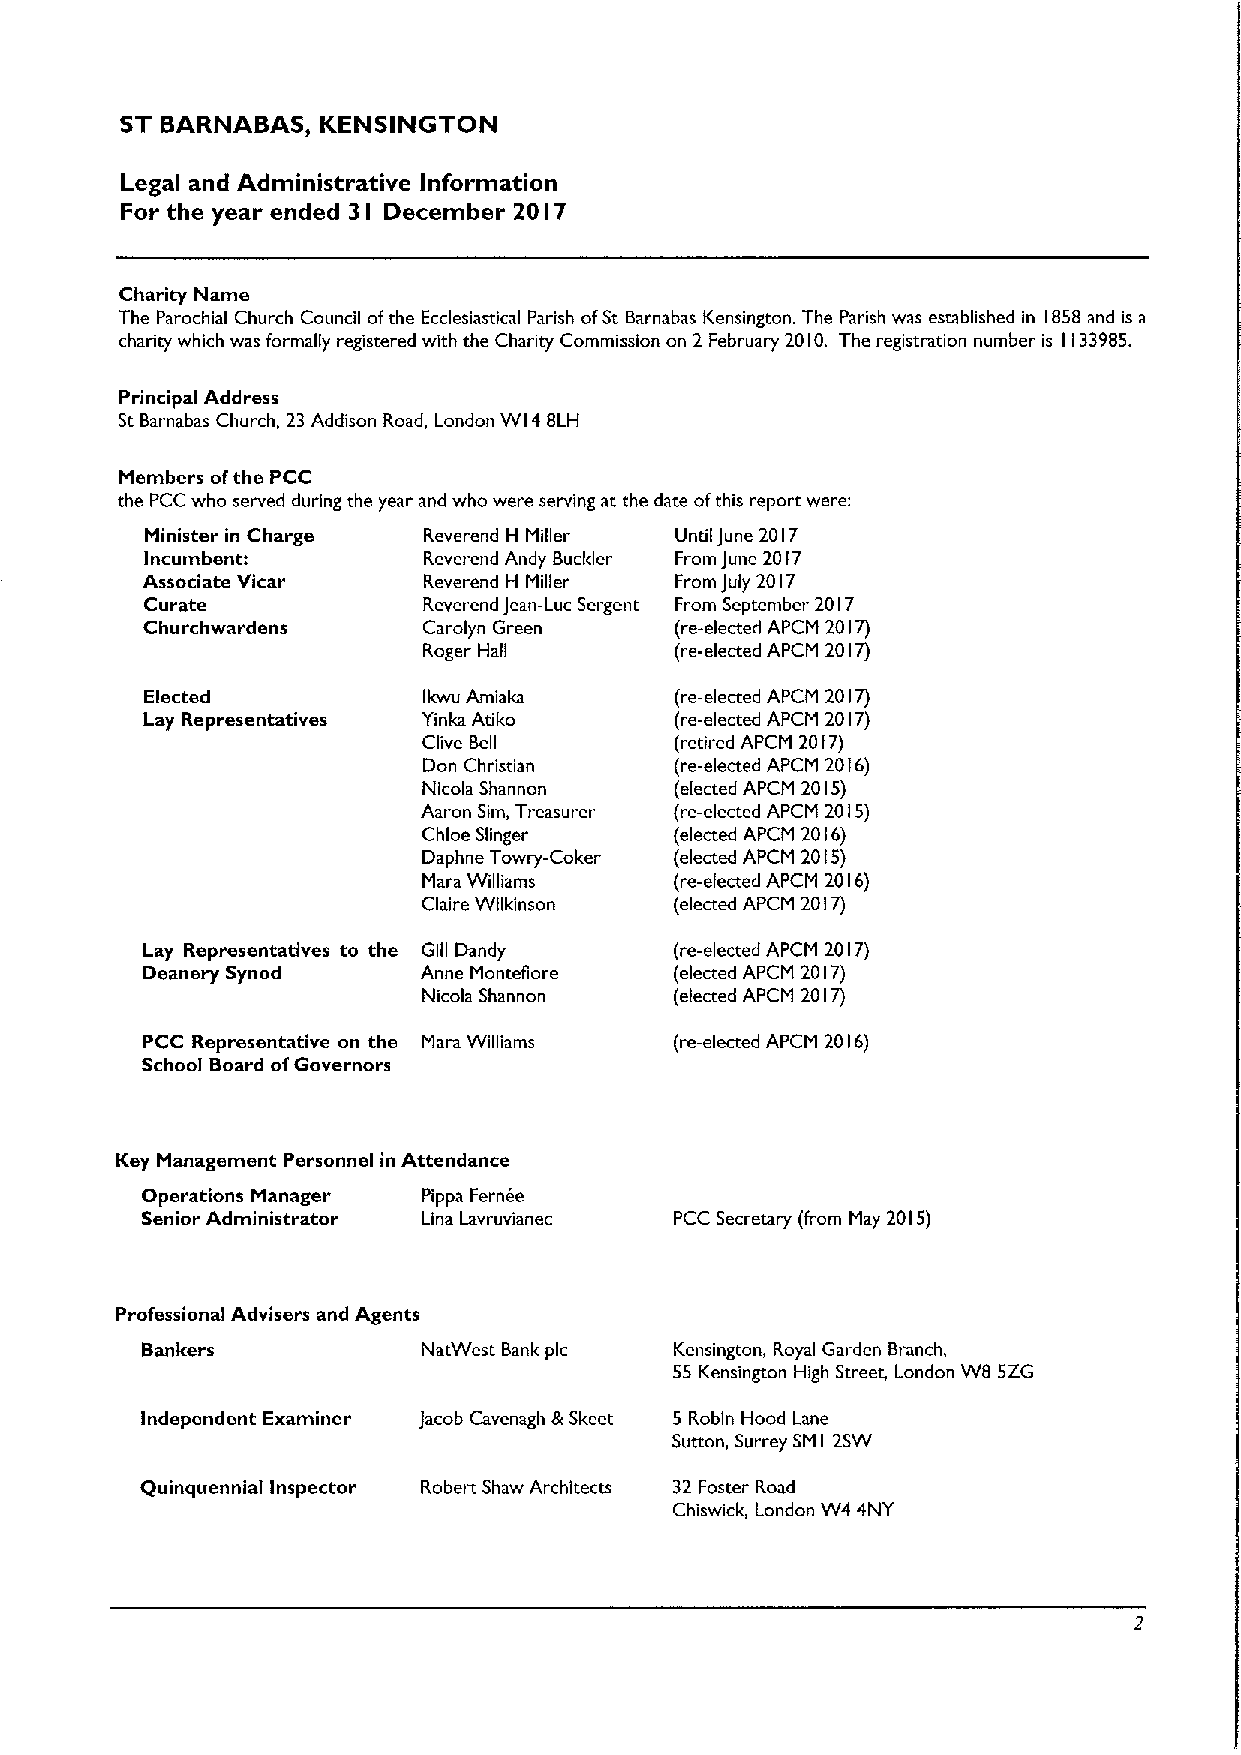
ST BARNABAS, KENSINGTON
 Legal and Administrative Information
 For the year ended 3 December 20 7
 I           I
 Charity Name
 The Parochial Church Council ofthe Ecclesiastical Parish ofSt Barnabas Kensington. The Parish was established in 1858and is a
 charity which was formally registered with the Charity Commission on 2 February 2010. The registration number is 1133985.
 Principal Address
 St Barnabas Church, 23Addison Road, London WI4 BLH
 Members o(the PCC
 the PCC who served during the year and who were serving at the date ofthis report were:
 Minister in Charge Reverend H Miller Until)une 2017
 Incumbent:        Reverend Andy Buckler From June 2017
 Associate Vicar    Reverend H Miller From July 2017
 Curate            Reverend Jean-Luc Sergent From September 2017
 Churchwardens      Carolyn Green    (re-elected APCM 2017)
 Roger Hall       (re-elected APCM 2017)
 Elected           Ikwu Amiaka      (re-elected APCM 2017)
 Lay Representatives Yinka Atiko     (re-elected APCM 2017)
 Clive Bell       (retired APCM 2017)
 Don Christian    (re-elected APCM 2016)
 Nicola Shannon   (elected APCM 2015)
 Aaron Sim, Treasurer (re-elected APCM 2015)
 Chloe Slinger    (elected APCM 2016)
 Daphne Towry-Coker (elected APCM 2015)
 Mara Williams    (re-elected APCM 2016)
 Claire Wilkinson (elected APCM 2017)
 Lay Representatives to the Gill Dandy (re-elected APCM 2017)
 Deanery Synod      Anne Montefiore  (elected APCM 2017)
 Nicola Shannon   (elected APCM 2017)
 PCC Representative on the Mars Williams (re-elected APCM 2016)
 School Board ofGovernors
 Key Management Personnel in Attendance
 Operations Manager Pippa Fernee
 Senior Administrator Lina Lavruvianec PCC Secretary (from May 2015)
 Professional Advisers and Agents
 Bankers            NatWest Bank pic Kensington, Royal Garden Branch,
 55 Kensington High Street, London WB 5ZG
 Independent Examiner Jacob Cavenagh &Skeet 5 Robin Hood Lane
 Sutton, Surrey SMI 2SW
 Quinquennial Inspector Robert Shaw Architects 32 Foster Road
 Chiswick, London W4 4NY